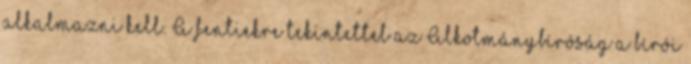
alkalmazni kell. A fentiekre tekintettel az Alkotmánybíróság a bírói